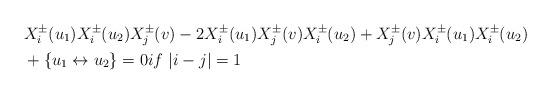
LaTeX: \begin{align*}&X_{i}^{\pm}(u_{1})X_{i}^{\pm}(u_{2})X_{j}^{\pm}(v)-2X_{i}^{\pm}(u_{1})X_{j}^{\pm}(v)X_{i}^{\pm}(u_{2})+X_{j}^{\pm}(v)X_{i}^{\pm}(u_{1})X_{i}^{\pm}(u_{2})\\&+\{u_{1}\leftrightarrow u_{2}\}=0 if~ |i-j|=1\end{align*}